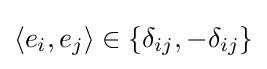
\langle e_{i},e_{j}\rangle \in \{\delta _{ij},-\delta _{ij}\}